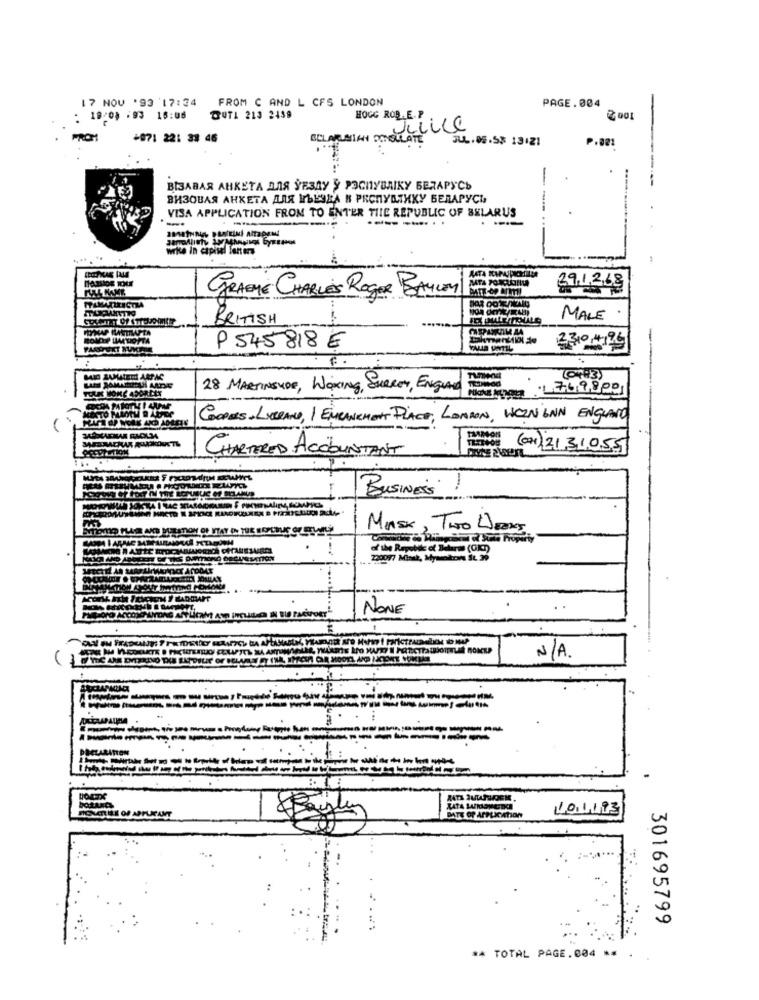
17 NOV '93 17:34 FROM C AND L CFS LONDON
PAGE.004
: 18:0) :93 16:06
TUTA 213 2439
HOGG ROB. E. P
BELARUSIAN moutilLLC
FROM
+871 22: 33 46
SUL.08.53 13121
P.001
ВЕЗАВАЯ АНКЕТА ДЛЯ УЕЗДУ У РЭСПУВАКУ БЕЛАРУСЬ
ВИЗОВАЯ АНКЕТА ДЛЯ ИЪЕЗДА В РЕСПУБЛИКУ БЕЛАРУСЬ»
VISA APPLICATION FROM TO ENTER THE REPUBLIC OF BELARUS
--
-
wie in capisel laners
391268
GRABHE CHARLES ROGAR BALLON
BRITISH
MALE
OMEP LIMUOFTA
2310,4196
P545818 €
F.
MID AAMATEEL ARPAC
28 MARTINSHOE, WORKING, SURREY, ENGLAND FOR
MaxTon 1769900
COOPERS, LUBRANO, 1 EMBANKMENT PLACE, LONDON, WEIN INN ENGLAND
CHARTERED ACCOUNTANT
(021)2131055
BUSINES'
MASK, TWO WEEKS
NONE
N/A.
DECLARA
RATA 2
ATA SAIR
301695799
** TOTAL PAGE.004 ** .